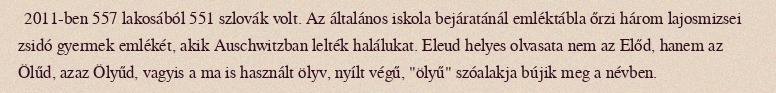
2011-ben 557 lakosából 551 szlovák volt. Az általános iskola bejáratánál emléktábla őrzi három lajosmizsei zsidó gyermek emlékét, akik Auschwitzban lelték halálukat. Eleud helyes olvasata nem az Előd, hanem az Ölűd, azaz Ölyűd, vagyis a ma is használt ölyv, nyílt végű, "ölyű" szóalakja bújik meg a névben.